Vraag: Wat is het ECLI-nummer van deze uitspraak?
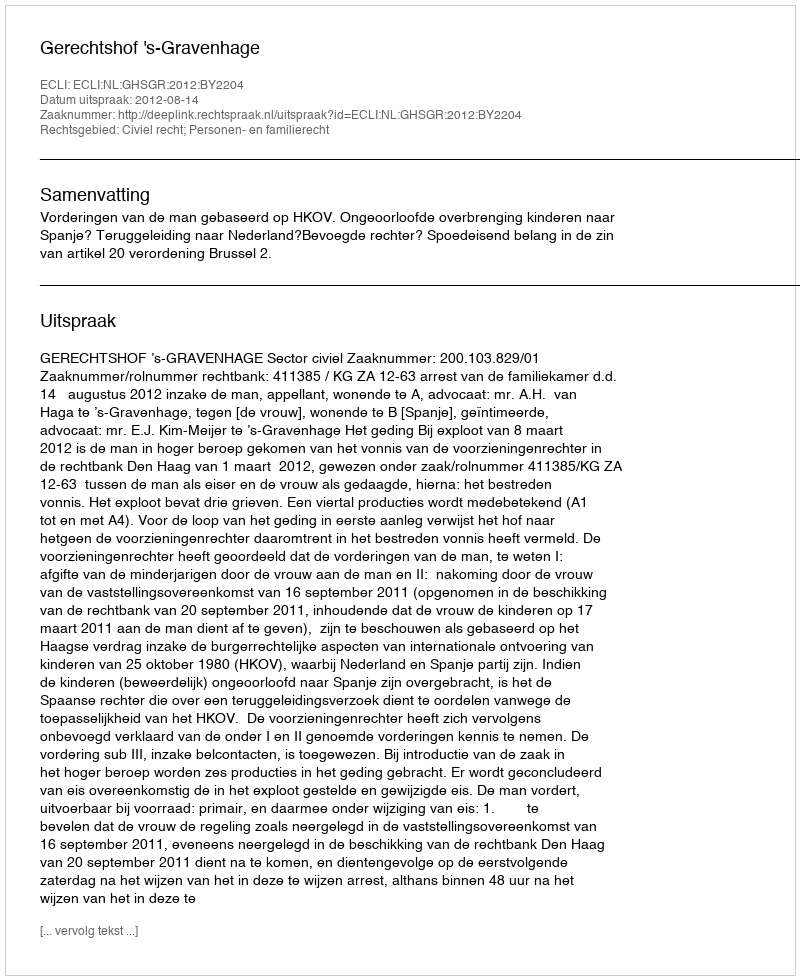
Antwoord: ECLI:NL:GHSGR:2012:BY2204